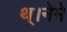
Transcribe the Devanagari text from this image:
थ्।नेमे